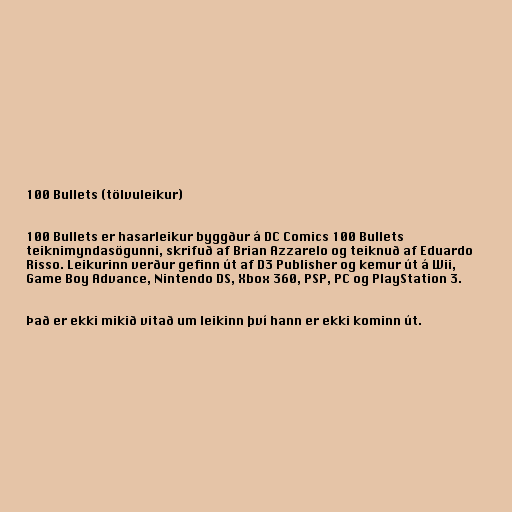
100 Bullets (tölvuleikur)

100 Bullets er hasarleikur byggður á DC Comics 100 Bullets
teiknimyndasögunni, skrifuð af Brian Azzarelo og teiknuð af Eduardo
Risso. Leikurinn verður gefinn út af D3 Publisher og kemur út á Wii,
Game Boy Advance, Nintendo DS, Xbox 360, PSP, PC og PlayStation 3.

Það er ekki mikið vitað um leikinn því hann er ekki kominn út.